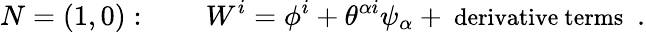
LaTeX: N=(1,0):\qquad W^{i}=\phi^{i}+\theta^{\alpha i}\psi_{\alpha}+\mathrm{\small~derivative~terms~}\; .